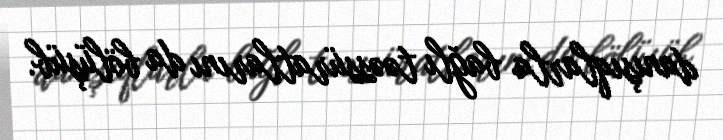
danışıqlarla bağlı təəssüratlarını da bölüşüb.